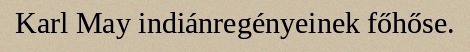
Karl May indiánregényeinek főhőse.